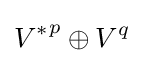
{V^{*}}^{p}\oplus V^{q}